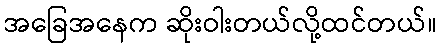
အခြေအနေက ဆိုးဝါးတယ်လို့ထင်တယ်။